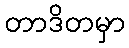
တာဒိတမှာ